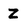
Character: z